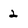
Character: 2